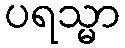
ပရသ္မာ